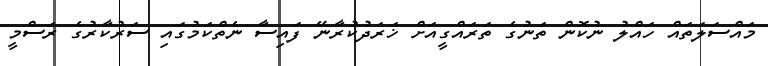
މައްސަލަތައް ހައްލު ނުކޮން ތަނުގެ ތަރައްގީއަށް ޚަރަދުކުރާނޭ ފައިސާ ނެތްކަމުގައި ސަރުކާރުގެ ރަސްމީ